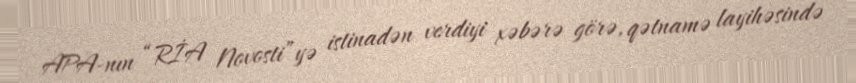
APA-nın “RİA Novosti”yə istinadən verdiyi xəbərə görə, qətnamə layihəsində